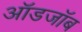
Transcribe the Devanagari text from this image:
ऑडजॉब